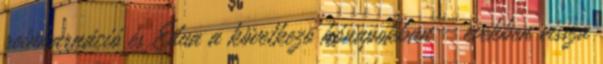
reinkarnáció és Edua a következõ hónapokban - években vissza